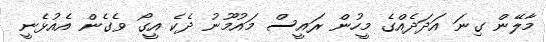
މާލޭން ގިނަ އަދަދެއްގެ މީހުން ރައީސް މައުމޫނު ދެކެ އީގޯ ވެގެން އެއުޅެނީ